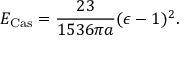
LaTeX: E _ { \mathrm { C a s } } = { \frac { 2 3 } { 1 5 3 6 \pi a } } ( \epsilon - 1 ) ^ { 2 } .